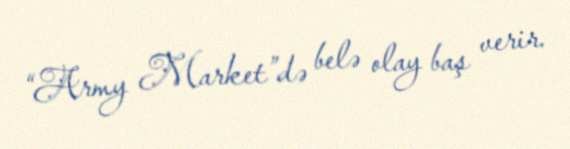
“Army Market”də belə olay baş verir.